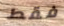
فقط